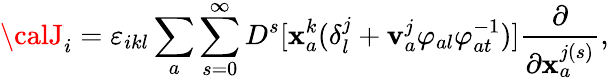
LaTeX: {\calJ}_{i}=\varepsilon_{ikl}\sum_{a}\sum_{s=0}^{\infty}D^{s}[\mathbf{x}_{a}^{k}(\delta_{l}^{j}+\mathbf{v}_{a}^{j}\varphi_{al}\varphi_{at}^{-1})]\frac{{\partial}}{{\partial\mathbf{x}_{a}^{j(s)}}},